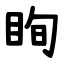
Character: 眴